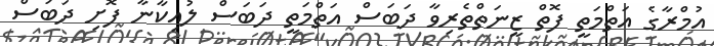
އުމްރާގެ އަތްމަތީ ފޮތް ޒީނަތްތެރިވާ ދަބަސް އަތްމަތީ ދަބަސް ލުއިކާނާ ފޮށި ދަބަސް